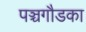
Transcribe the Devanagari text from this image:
पञ्चगौडका